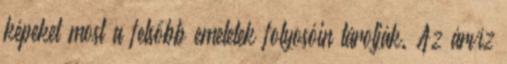
képeket most a felsőbb emeletek folyosóin tárolják. Az árvíz